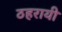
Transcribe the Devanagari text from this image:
ठहरायी